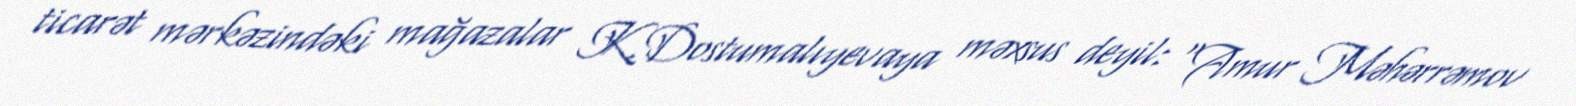
ticarət mərkəzindəki mağazalar K.Dostumalıyevaya məxsus deyil: “Amur Məhərrəmov